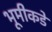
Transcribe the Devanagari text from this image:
भूमीकडे